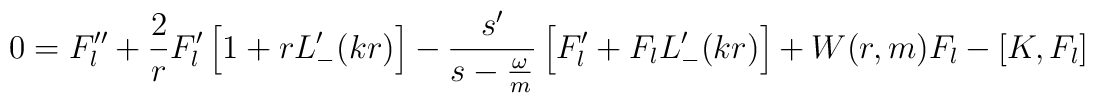
0=F_l^{\prime\prime}+\frac{2}{r}F_l^\prime    \left[1+rL_-^\prime(kr)\right]    -\frac{s^\prime}{s-\frac{\omega}{m}}    \left[F_l^\prime+F_l L_-^\prime(kr)\right]    +W(r,m) F_l -\left[K,F_l\right]